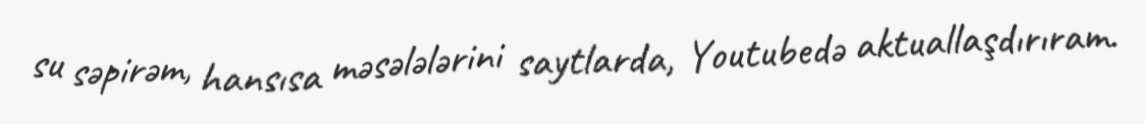
su səpirəm, hansısa məsələlərini saytlarda, Youtubedə aktuallaşdırıram.